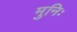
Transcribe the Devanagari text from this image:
मुनिः